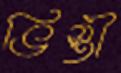
ভিস্তী